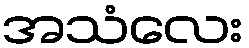
အသံလေး